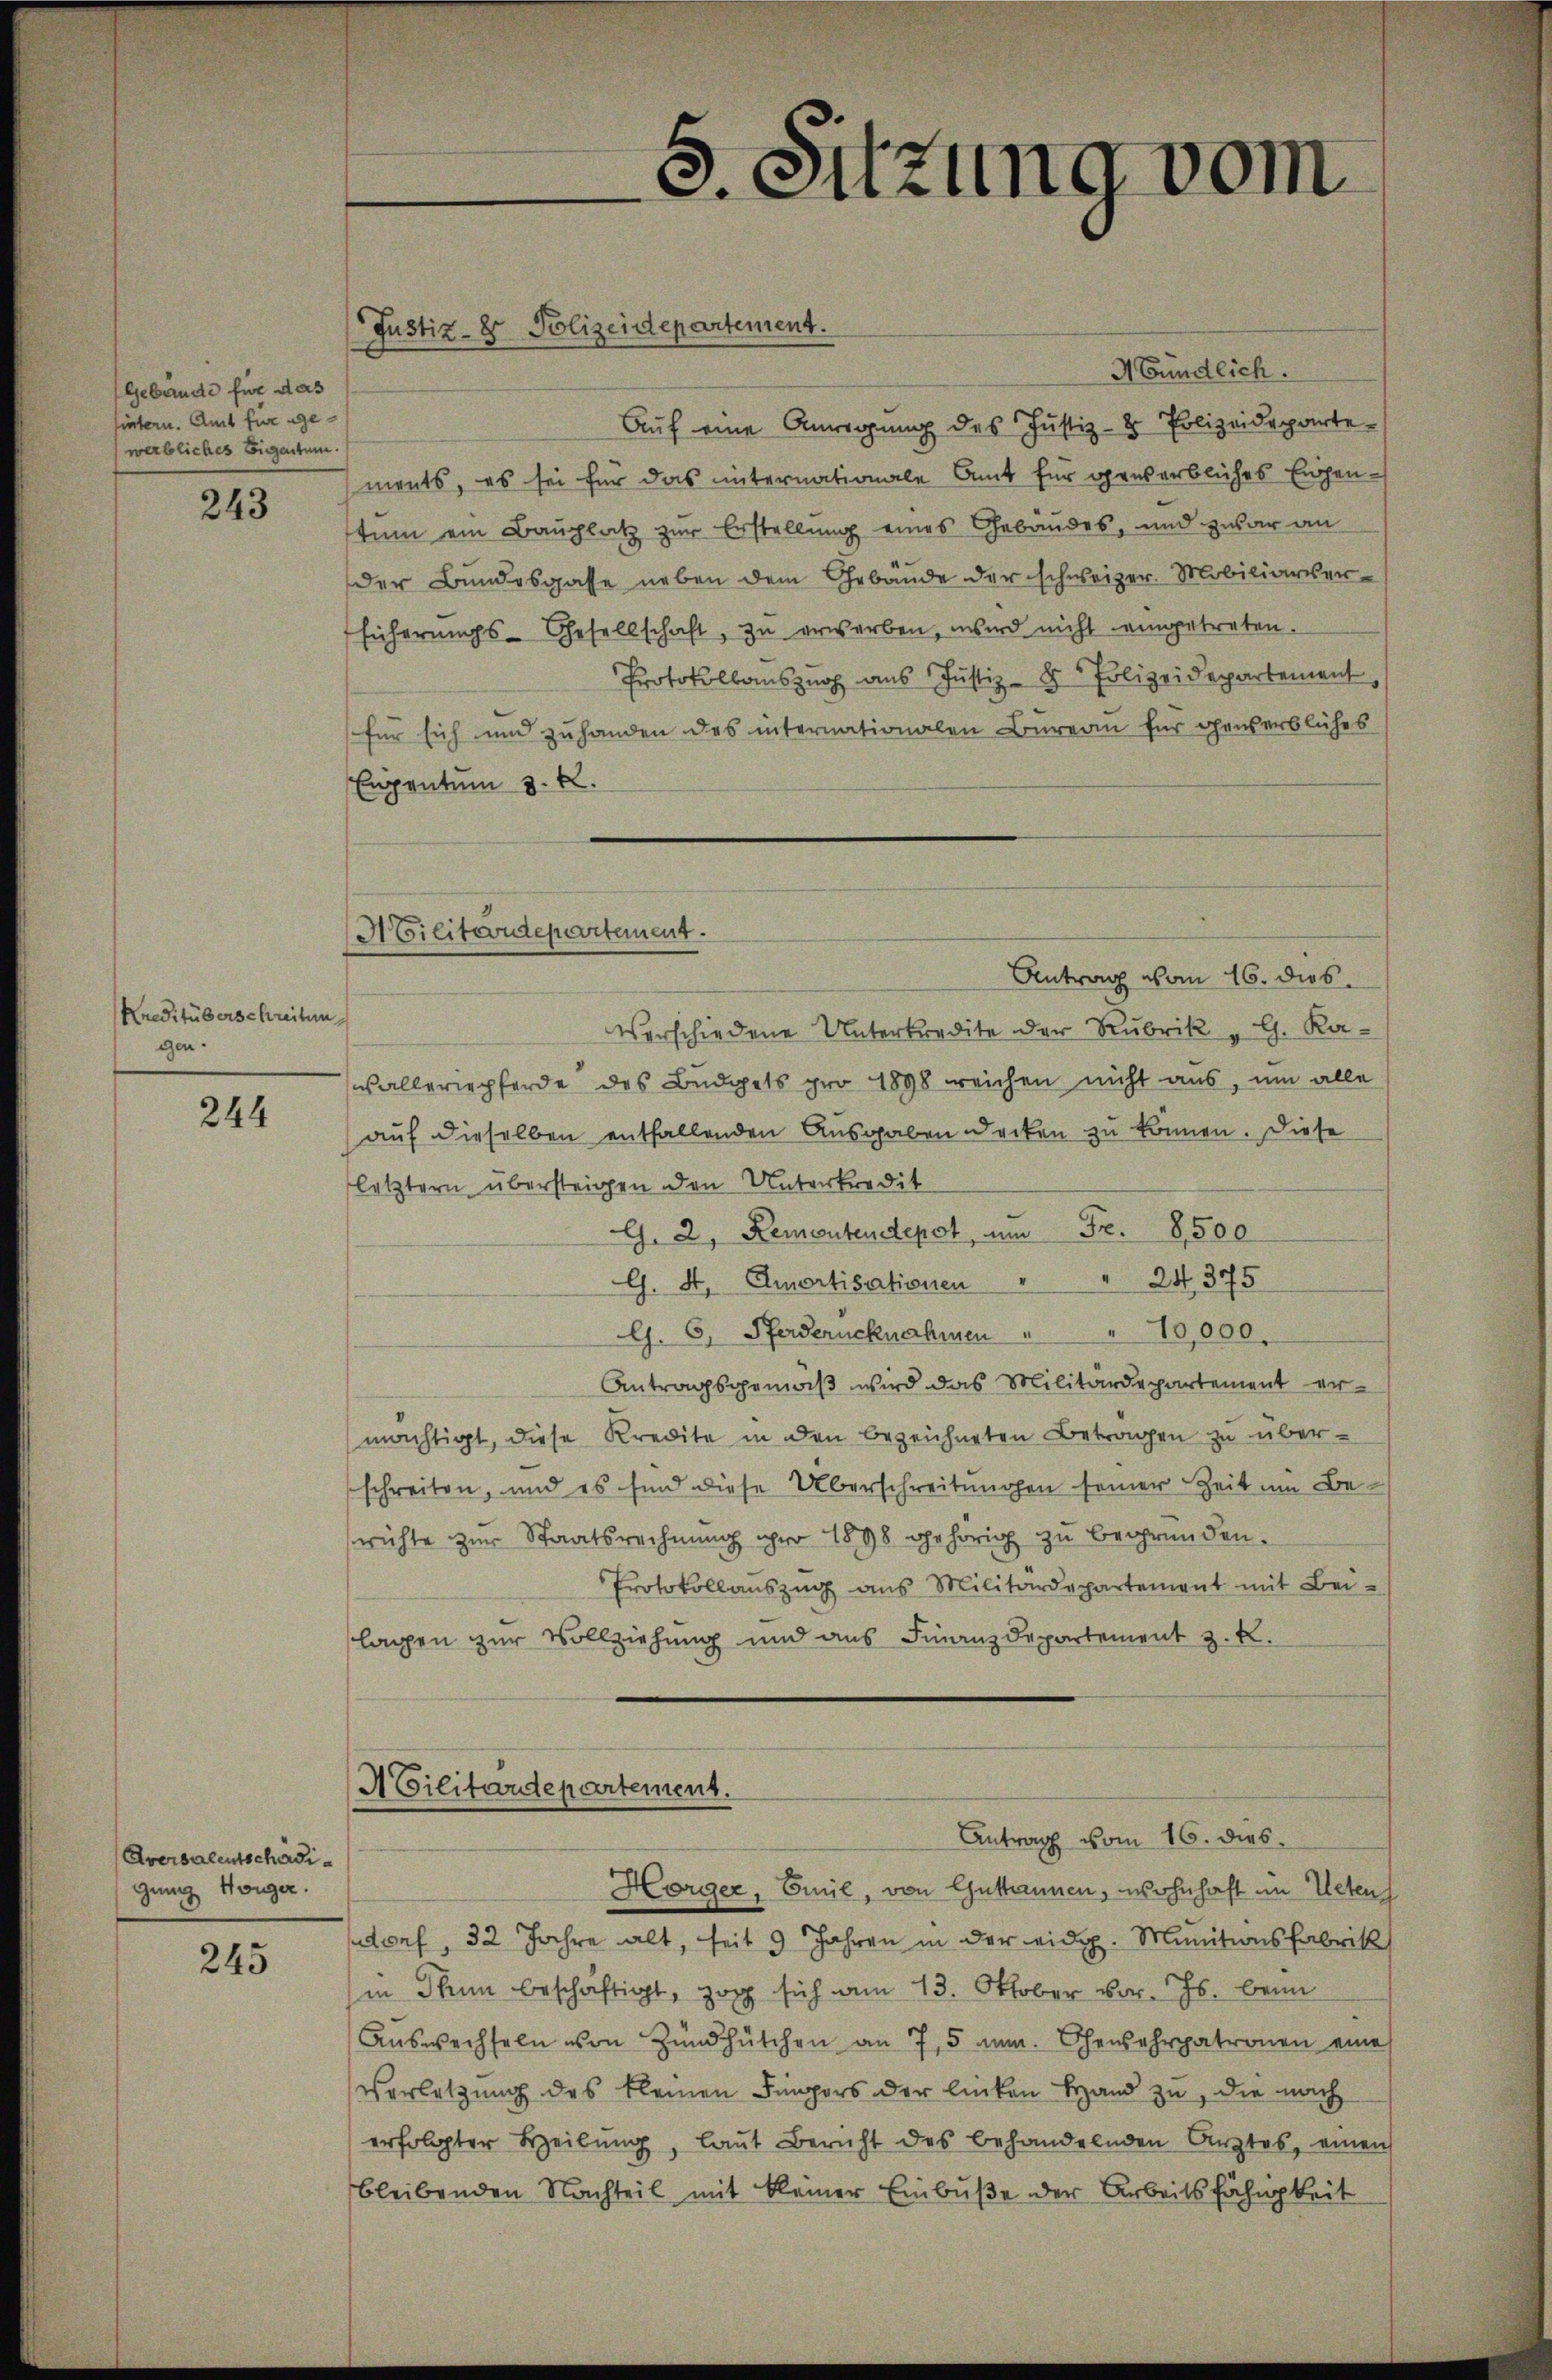
Gebäude für das
hintern. Amt für gewerbliches Eigentum.

243

Kreditüberschreiten
gen.

244

Aversalentschädigung Horger.

245

¬

Abündlich.
Auf eine Anregung des Justiz- & Polizeideparte
ments, es sei für das unternationale Amt für gewerbliches Eigentum ein Bauplatz zur Erstellung eines Gebäudes, und zwar an
der Bundesgasse neben dem Gebäude der schweizer. Mobiliarver-
Eicherungs-Gesellschaft, zu erwerben, wird nicht eingetreten.
Protokollauszug aus Justiz- & Polizeidepartement
für sich und zuhanden des internationalen Bureau für gewerbliches
Enpentum 3. k.
Antrag vom 16. dies
Verschiedene Unterkredite der Rubrik „G. Rawalleriepferde des Büdgets pro 1898 reichen nicht aus, um alle
aŭf dieselben entfallenden Ausgaben decken zu können. Diese
letztern übersteigen den Unterkredit
G. 2, Remontendepot, um Fr. 8500
G. A. Amortisationen " " 24375
G. 6, Pferderücknahmen " " 10,000.
Antragsgemäß wird das Militärdepartement ermächtigt, diese Kredita in den bezeichneten Betragen zu überschreiben, und es sind diese Überschreitungen seiner Zeit um Berichte zur Staatsrechnung pro 1898 gehörig zu begründen.
Protokollauszug aus Militärdepartement mit Bei-
lagen zur Vollziehung und aus Finanzdepartement z. B.
A Cilitärdepartement.
Antrag vom 16. dies
Horger, Emil, von Guttannen, wohnhaft im Uetens
dorf, 32 Jahre alt, seit 9 Jahren in der eidg. Munitionsfabrik
in Thun beschäftigt, zog sich am 13. Oktober vor. Js. beim
Auswechseln von Zündhütchen an 7,5 m. Gewehrpatronen eines
verletzung des kleinen Fingers der linken Hand zu, die nach
erfolgter Heilŭng, laut Bericht des behandelnden Arztes, einen
bleibenden Nachteil mit kleiner Einbuße der Arbeitsfähigkeit

Justiz- & Polizeidepartement.

Militärdepartement.

3. Sitzung vom